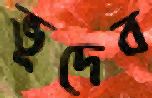
ভূদেব